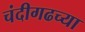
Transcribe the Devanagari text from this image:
चंदीगढच्या